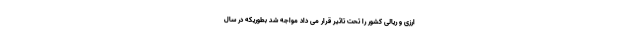
ارزی و ریالی کشور را تحت تاثیر قرار می داد مواجه شد بطوریکه در سال